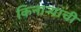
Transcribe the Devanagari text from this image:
किनाऱ्यांची